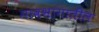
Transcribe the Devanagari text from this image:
गावभागातील